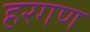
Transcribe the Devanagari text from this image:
हरगण